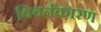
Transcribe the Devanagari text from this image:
विवर्तकारण